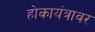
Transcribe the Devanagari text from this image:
होकायंत्रावर